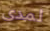
لمدى